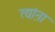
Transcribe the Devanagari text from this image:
त्यांऩा